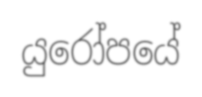
යුරෝපයේ